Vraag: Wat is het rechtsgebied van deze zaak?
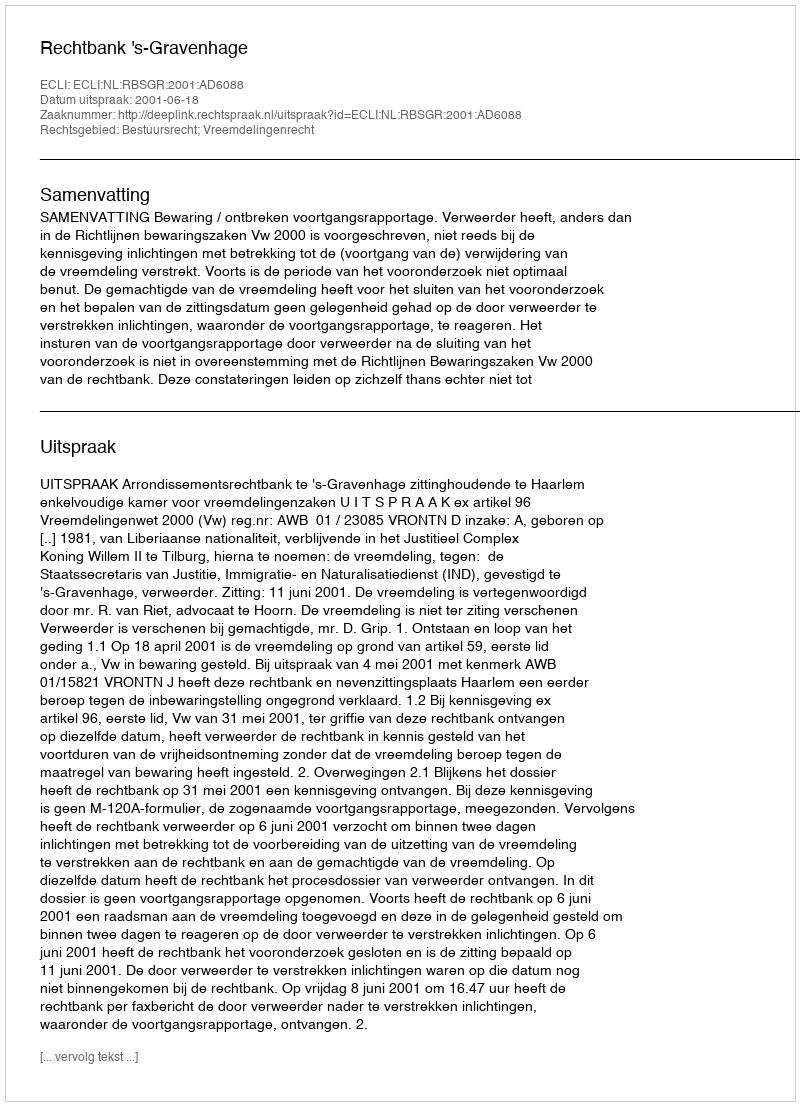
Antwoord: Bestuursrecht; Vreemdelingenrecht